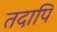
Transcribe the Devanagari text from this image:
तदापि